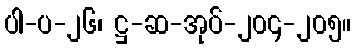
ပါ-ပ-၂၆၊ ဋ္ဌ-ဆ-အုပ်-၂၀၄-၂၀၅။